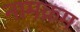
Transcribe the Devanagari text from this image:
नामक्रम